Vaccination report Assam 1874-1896 - 1874-1896
Year: 1874
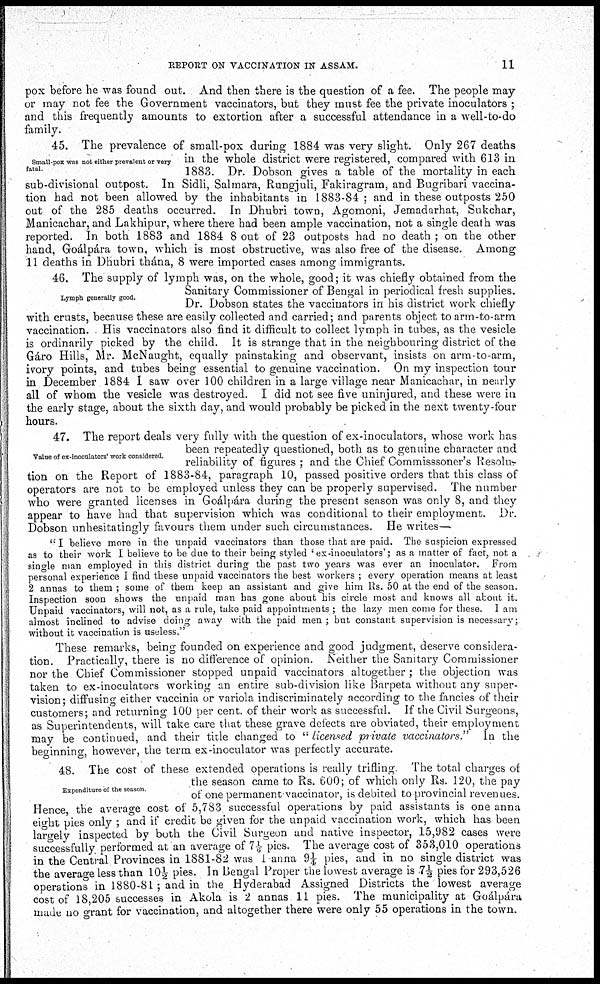
REPORT ON VACCINATION IN ASSAM.
11
pox before he was found out. And then there is the question of a fee. The people may-
or may not fee the Government vaccinators, but they must fee the private inoculators ;
and this frequently amounts to extortion after a successful attendance in a well-to-do
family.
Small-pox was not either prevalent or very
fatal.
45. The prevalence of small-pox during 1884 was very slight. Only 267 deaths
in the whole district were registered, compared with 613 in
1883. Dr. Dobson gives a table of the mortality in each
sub-divisional outpost. In Sidli, Salmara, Rungjuli, Fakiragram, and Bugribari vaccina-
tion had not been allowed by the inhabitants in 1883-84 ; and in these outposts 250
out of the 285 deaths occurred. In Dhubri town, Agomoni, Jemadarhat, Sukchar,
Manicachar, and Lakhipur, where there had been ample vaccination, not a single death was
reported. In both 1883 and 1884 8 out of 23 outposts had no death ; on the other
hand, Goálpára town, which is most obstructive, was also free of the disease. Among
11 deaths in Dhubri thána, 8 were imported cases among immigrants.
Lymph generally good.
46. The supply of lymph was, on the whole, good; it was chiefly obtained from the
Sanitary Commissioner of Bengal in periodical fresh supplies.
Dr. Dobson states the vaccinators in his district work chiefly
with crusts, because these are easily collected and carried; and parents object to arm-to-arm
vaccination. His vaccinators also find it difficult to collect lymph in tubes, as the vesicle
is ordinarily picked by the child. It is strange that in the neighbouring district of the
Gáro Hills, Mr. McNaught, equally painstaking and observant, insists on arm-to-arm,
ivory points, and tubes being essential to genuine vaccination. On my inspection tour
in December 1884 I saw over 100 children in a large village near Manicachar, in nearly
all of whom the vesicle was destroyed. I did not see five uninjured, and these were in
the early stage, about the sixth day, and would probably be picked in the next twenty-four
hours.
Value of ex-inoculators' work considered.
47. The report deals very fully with the question of ex-inoculators, whose work has
been repeatedly questioned, both as to genuine character and
reliability of figures ; and the Chief Commisssoner's Resolu-
tion on the Report of 1883-84, paragraph 10, passed positive orders that this class of
operators are not to be employed unless they can be properly supervised. The number
who were granted licenses in Goálpára during the present season was only 8, and they
appear to have had that supervision which was conditional to their employment. Dr.
Dobson unhesitatingly favours them under such circumstances. He writes—
"I believe more in the unpaid vaccinators than those that are paid. The suspicion expressed
as to their work I believe to be due to their being styled 'ex-inoculators'; as a matter of fact, not a
single man employed in this district during the past two years was ever an inoculator. From
personal experience I find these unpaid vaccinators the best workers ; every operation means at least
2 annas to them ; some of them keep an assistant and give him Rs. 50 at the end of the season.
Inspection soon shows the unpaid man has gone about his circle most and knows all about it.
Unpaid vaccinators, will not, as a rule, take paid appointments ; the lazy men come for these. I am
almost inclined to advise doing away with the paid men ; but constant supervision is necessary;
without it vaccination is useless."
These remarks, being founded on experience and good judgment, deserve considera-
tion. Practically, there is no difference of opinion. Neither the Sanitary Commissioner
nor the Chief Commissioner stopped unpaid vaccinators altogether; the objection was
taken to ex-inoculators working an entire sub-division like Barpeta without any super-
vision; diffusing either vaccinia or variola indiscriminately according to the fancies of their
customers; and returning 100 per cent. of their work as successful. If the Civil Surgeons,
as Superintendents, will take care that these grave defects are obviated, their employment
may be continued, and their title changed to " licensed private vaccinators." In the
beginning , however, the term ex-inoculator was perfectly accurate.
Expenditure of the season.
48. The cost of these extended operations is really trifling The total charges of
the season came to Rs. 600; of which only Rs. 120, the pay
of one permanent vaccinator, is debited to provincial revenues.
Hence, the average cost of 5,783 successful operations by paid assistants is one anna
eight pies only ; and if credit be given for the unpaid vaccination work, which has been
largely inspected by both the Civil Surgeon and native inspector, 15,982 cases were
successfully performed at an average of 71/6 pies. The average cost of 353,010 operations
in the Central Provinces in 1881-82 was 1 anna 9¼ pies, and in no single district was
the average less than 10½ pies. In Bengal Proper the lowest average is 7½ pies for 293,526
operations in 1880-81; and in the Hyderabad Assigned Districts the lowest average
cost of 18,205 successes in Akola is 2 annas 11 pies. The municipality at Goálpára
made no grant for vaccination, and altogether there were only 55 operations in the town.